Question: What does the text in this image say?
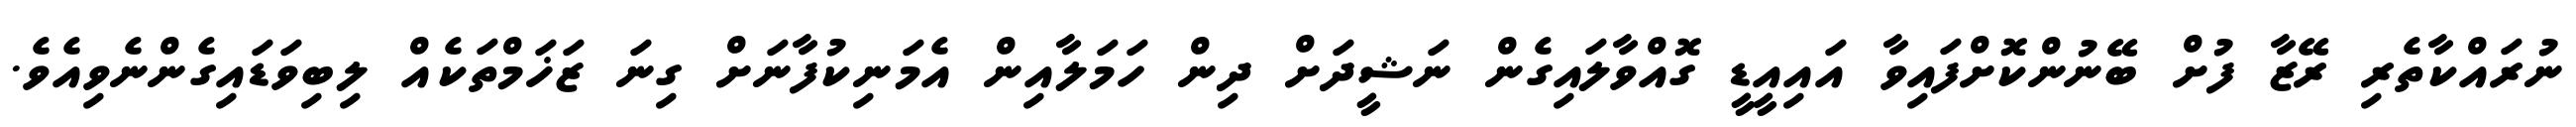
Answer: ނުރައްކާތެރި ރޭޒާ ފުށް ބޭނުންކޮށްފައިވާ އައިއީޑީ ގޮއްވާލައިގެން ނަޝީދަށް ދިން ހަމަލާއިން އެމަނިކުފާނަށް ގިނަ ޒަޚަމްތަކެއް ލިބިވަޑައިގެންނެވިއެވެ.